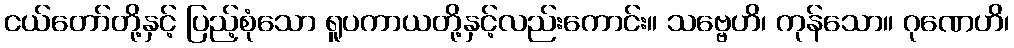
ငယ်တော်တို့နှင့် ပြည့်စုံသော ရူပကာယတို့နှင့်လည်းကောင်း။ သဗ္ဗေဟိ၊ ကုန်သော။ ဂုဏေဟိ၊